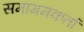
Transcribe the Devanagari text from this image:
समागमकर्ता